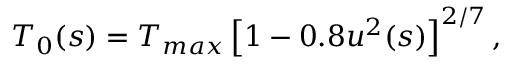
T _ { 0 } ( s ) = T _ { m a x } \left[ 1 - 0 . 8 u ^ { 2 } ( s ) \right] ^ { 2 / 7 } ,